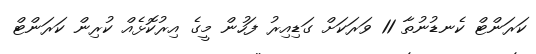
ކަރަންޓް ކެނޑުނުތާ 11 ވަރަކަށް ގަޑިއިރު ފަހުން މީގެ އިރުކޮޅެއް ކުރިން ކަރަންޓް